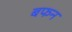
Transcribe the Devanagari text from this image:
बफन